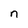
Character: n